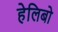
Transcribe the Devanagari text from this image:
हेलिबो